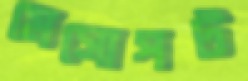
মেসোপট